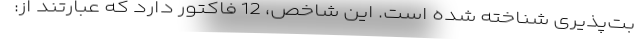
بت­پذیری شناخته شده است. این شاخص، 12 فاکتور دارد که عبارتند از: